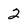
Character: 2